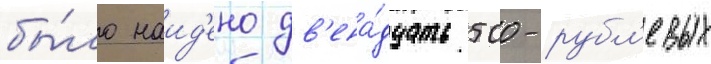
бы́ло наид'ено дв'ена́дцать 500-рубл'евых